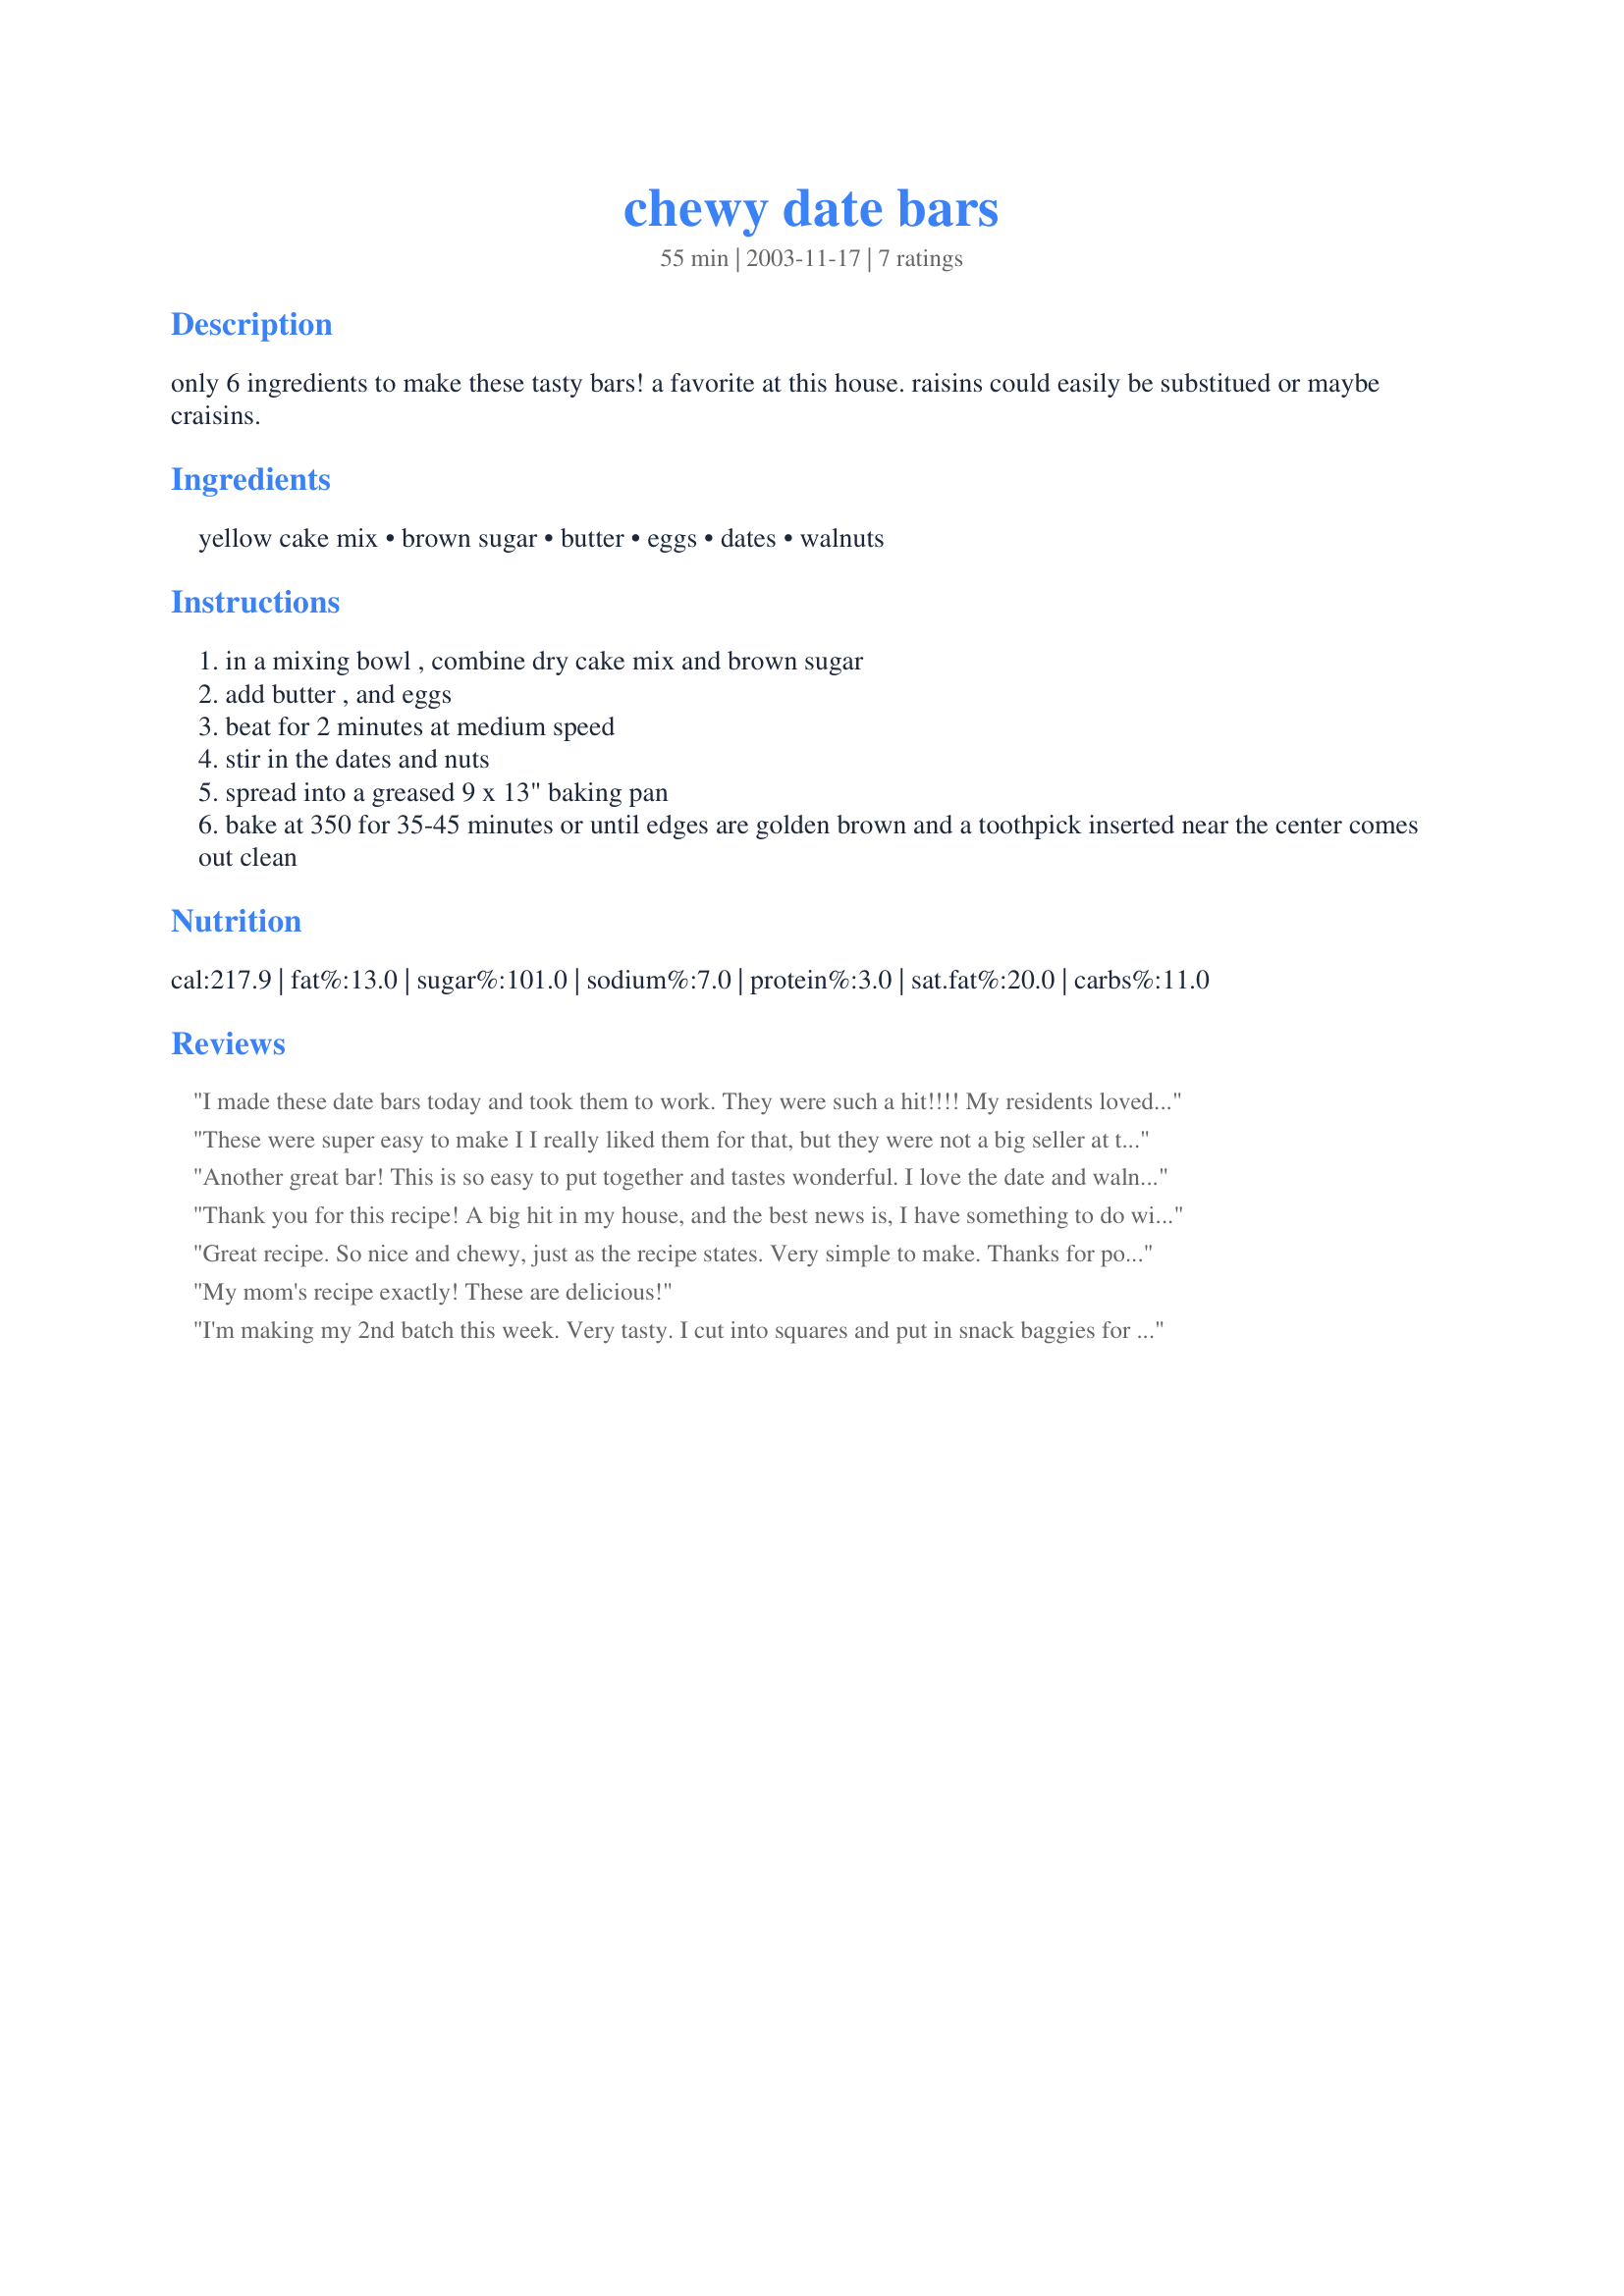
chewy date bars
Preparation time: 55 minutes

only 6 ingredients to make these tasty bars! a favorite at this house. raisins could easily be substitued or maybe craisins.

Ingredients:
yellow cake mix, brown sugar, butter, eggs, dates, walnuts

Steps:
in a mixing bowl , combine dry cake mix and brown sugar
add butter , and eggs
beat for 2 minutes at medium speed
stir in the dates and nuts
spread into a greased 9 x 13" baking pan
bake at 350 for 35-45 minutes or until edges are golden brown and a toothpick inserted near the center comes out clean

Reviews:
I made these date bars today and took them to work. They were such a hit!!!! My residents loved them, no I will have too make them regularly. Oh well, then I will have to eat some of them too. Great recipe
These were super easy to make I I really liked them for that, but they were not a big seller at the bake sale. Thanks
Another great bar! This is so easy to put together and tastes wonderful. I love the date and walnut combo. This is some kind of sweet and rich treat. I recommend cutting them into small squares.
Thank you for this recipe! A big hit in my house, and the best news
is, I have something to do with the giant tub of dates in my fridge! Pecans work well, as I was out of walnuts.
Great recipe. So nice and chewy, just as the recipe states. Very simple to make. Thanks for posting.
My mom's recipe exactly! These are delicious!
I'm making my 2nd batch this week. Very tasty. I cut into squares and put in snack baggies for lunches. Thanks for posting.
